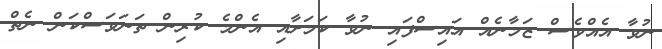
ނުވާ އެއްވެސް ޒަމާނެއް އައިސްފައި ނުވާ ކަމަށާއި އެންމެ ކުރިން ތަނަވަސްކަން ނެތް